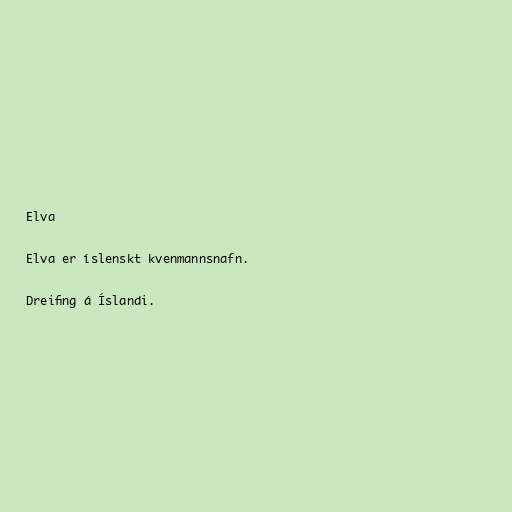
Elva

Elva er íslenskt kvenmannsnafn.

Dreifing á Íslandi.